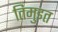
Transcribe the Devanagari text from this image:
तिमुइत